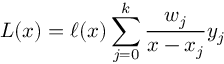
L ( x ) = \ell ( x ) \sum _ { j = 0 } ^ { k } { \frac { w _ { j } } { x - x _ { j } } } y _ { j }